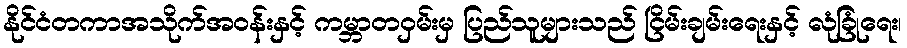
နိုင်ငံတကာအသိုက်အဝန်းနှင့် ကမ္ဘာတဝှမ်းမှ ပြည်သူများသည် ငြိမ်းချမ်းရေးနှင့် လုံခြုံရေး၊